Annual report on the Civil Veterinary Department, Burma (including the Insein Veterinary School) - 1910-1922
Year: 1910
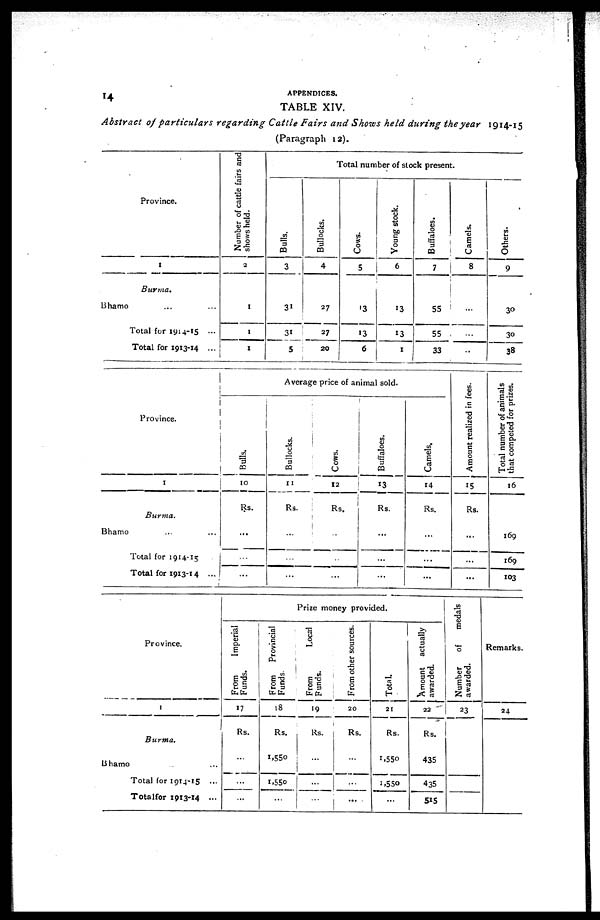
14
APPENDICES.
TABLE XIV.
Abstract of particulars
regarding Cattle Fairs and Shows held during the year 1914-15
(Paragraph 12).
Province.
1
Burma.
Bhamo ... ...
Total for 1914-15 ...
Total for 1913-14 ...
Number of cattle fairs and
shows held.
2
1
1
1
Total number of stock present.
Bulls.
3
31
31
5
Bullocks.
4
27
27
20
Cows.
5
13
13
6
Young stock.
6
13
13
1
Buffaloes.
7
55
55
33
Camels.
8
...
...
..
Others.
9
30
30
38
Province.
1
Burma.
Bhamo ... ...
Total for 1914-15
Total for 1913-14 ...
Average price of animal sold.
Bulls.
10
Rs.
...
...
...
Bullocks.
11
Rs.
...
...
...
Cows.
12
Rs.
...
...
...
Buffaloes.
13
Rs.
...
...
...
Camels.
r4
Rs.
...
...
...
Amount realized in fees.
15
Rs.
...
...
...
Total number of animals
that competed for prizes.
16
169
169
103
Province.
1
Burma.
Bhamo ...
Total for 1914-15 ...
Total for 1913-14 ...
Prize money provided.
From
Imperial
Funds.
17
Rs.
...
...
...
From Provincial
Funds.
18
Rs.
1,550
1,550
...
From
Local
Funds.
19
Rs.
...
...
...
From other sources.
20
Rs.
...
...
...
Total.
21
Rs.
1,550
1,550
...
Amount actually
awarded.
22
Rs.
435
435
515
Number
of medals
awarded.
23
...
...
Remarks.
24